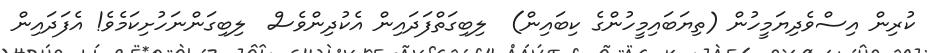
ކުރިން އިސްވެދިޔަމީހުން (ތިޔަބައިމީހުންގެ ކިބައިން)  ލިބިގަތްފަދައިން އެކުދިންވެސް  ލިބިގަންނަހުށިކަމެވެ! އެފަދައިން